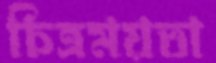
চিত্রময়তা